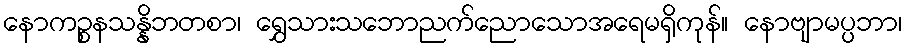
နောကဉ္စနသန္နိဘတစာ၊ ရွှေသားသဘောညက်ညောသောအရေမရှိကုန်။ နောဗျာမပ္ပဘာ၊